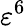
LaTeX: \varepsilon^{6}